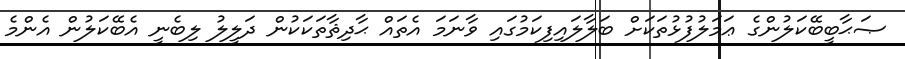
ޞަޙާބީބޭކަލުންގެ ޢަމަލުފުޅުތަކަށް ބަލާލައިފިކަމުގައި ވާނަމަ އެތައް ޙާދިޘާތަކަކުން ދަލީލު ލިބެނީ އެބޭކަލުން އެންމެ